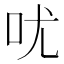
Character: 㕱